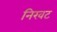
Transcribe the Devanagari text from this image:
निखट